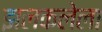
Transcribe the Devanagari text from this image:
झलकलेला